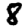
Digit: 8